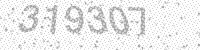
Solution: 319307